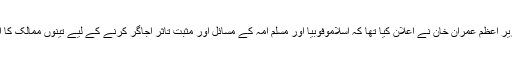
اس چینل کے حوالے سے ستمبر میں وزیر اعظم عمران خان نے اعلان کیا تھا کہ اسلاموفوبیا اور مسلم امہ کے مسائل اور مثبت تاثر اجاگر کرنے کے لیے تینوں ممالک کا ایک مشترکہ ٹی وی چینل بنایا جائے گا۔